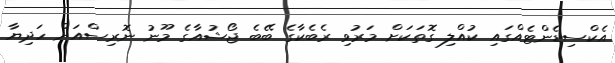
އެކްސިޑެންޓެއްގައި ކުއްލި ގޮތަކަށް މަރުވި ރެބެކާގެ ބޭބެ ޖޯޝުއާގެ މޫނު ނޮރިސްއަށް ހަދިޔާ